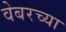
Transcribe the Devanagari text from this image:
वेबरच्या